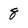
Character: 8